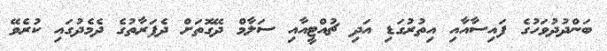
ބަންދުދުވަހުގެ ފައިސާއާއި އިތުރުގަޑި އަދި ޗުއްޓީއާއި ސަލާމް ދޭގޮތަށް ދެފަރާތުގެ ދެމެދުގައި ކުރެވޭ